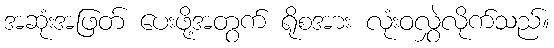
အဆုံးအဖြတ် ပေးဖို့အတွက် ရိုစအား လုံးဝလွှဲလိုက်သည်။